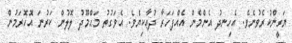
ޔަގީންކުރެވުނެވެ. އެހިނދު އެންމެން އެއްފަހަރާ ދުޢާކިޔެވެ. އެވަގުތު މަޙްމޫދު ލޮލުން ކަރުނަ އޮހޮރަމުން